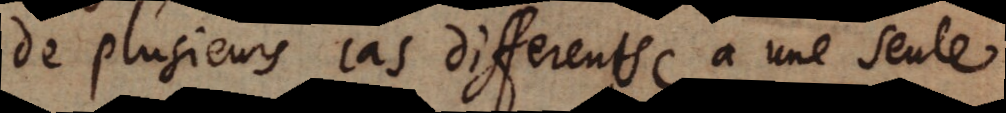
de plusieurs cas differents a une seule